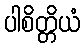
ပါစိတ္တိယံ